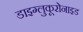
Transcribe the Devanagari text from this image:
डाइग्लुकूरोनाइड